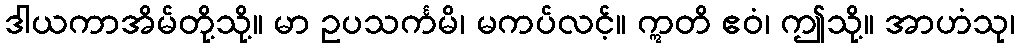
ဒါယကာအိမ်တို့သို့။ မာ ဥပသင်္ကမိ၊ မကပ်လင့်။ ဣတိ ဧဝံ၊ ဤသို့။ အာဟံသု၊